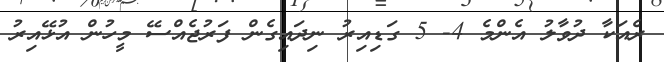
ރެއަކާ ދުވާލު އެންމެ 4- 5 ގަޑިއިރު ނިދައިގެން ފަރުޖެއްސޭ މީހުން އުޅޭއިރު